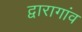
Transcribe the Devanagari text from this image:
द्वारागांव